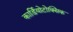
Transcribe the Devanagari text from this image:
कार्डियोटोक्सिक